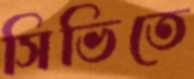
সিভিতে